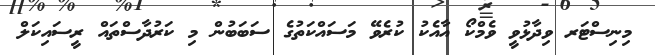
މިނިސްޓަރ ވިދާޅުވީ ވެމްކޯ އާއެކު ކުރެވޭ މަސައްކަތުގެ ސަބަބުން މި ކަރުދާސްތައް ރީސައިކަލް